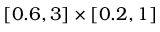
[ 0 . 6 , 3 ] \times [ 0 . 2 , 1 ]